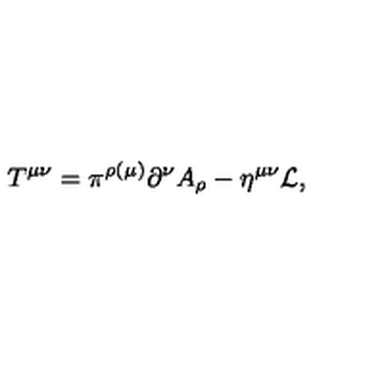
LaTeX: T ^ { \mu \nu } = \pi ^ { \rho ( \mu ) } \partial ^ { \nu } A _ { \rho } - \eta ^ { \mu \nu } { \cal L } ,